Civil Veterinary Department. Central Provinces & Berar 1925-31 - 1925-1931
Year: 1925
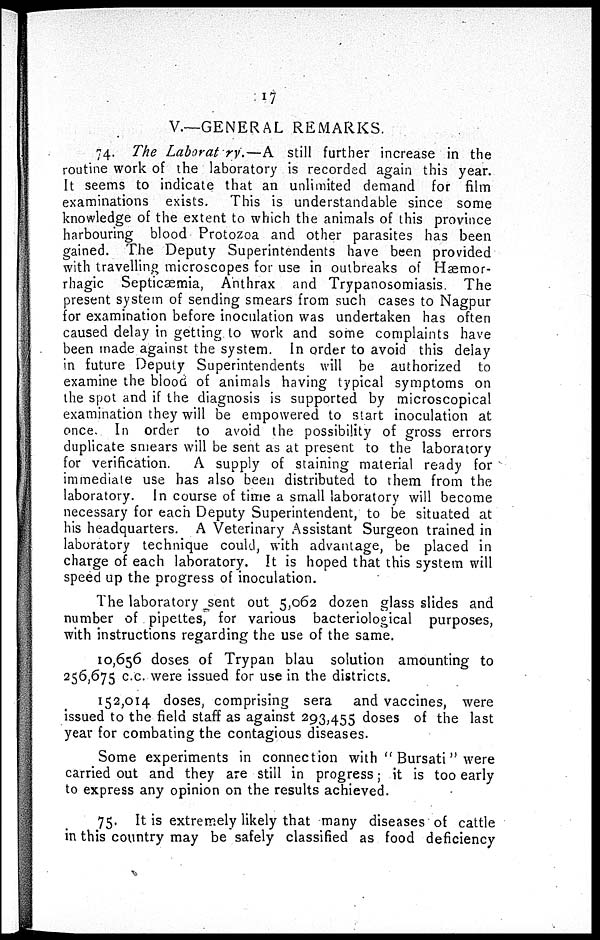
17
V.—GENERAL REMARKS.
74. The Laboratory.—A
still further increase in the
routine work of the laboratory is recorded again this year.
It seems to indicate that an unlimited demand for film
examinations exists.
This is understandable since some
knowledge of the extent to which the animals of this province
harbouring blood Protozoa and other parasites has been
gained. The Deputy Superintendents have been provided
with travelling microscopes for use in outbreaks of Hæmor-
rhagic Septicæmia, Anthrax and Trypanosomiasis. The
present system of sending smears from such cases to Nagpur
for examination before inoculation was undertaken has often
caused delay in getting to work and some complaints have
been made against the system. In order to avoid this delay
in future Deputy Superintendents will be authorized to
examine the blood of animals having typical symptoms on
the spot and if the diagnosis is supported by microscopical
examination they will be empowered to start inoculation at
once. In order to avoid the possibility of gross errors
duplicate smears will be sent as at present to the laboratory
for verification.
A supply of staining material ready for
immediate use has also been distributed to them from the
laboratory. In course of time a small laboratory will become
necessary for each Deputy Superintendent, to be situated at
his headquarters. A Veterinary Assistant Surgeon trained in
laboratory technique could, with advantage, be placed in
charge of each laboratory. It is hoped that this system will
speed up the progress of inoculation.
The laboratory sent out 5,062 dozen glass slides and
number of pipettes, for various bacteriological purposes,
with instructions regarding the use of the same.
10,656 doses of Trypan blau solution amounting to
256,675 c.c. were issued for use in the districts.
152,014 doses, comprising sera
and vaccines, were
issued to the field staff as against 293,455 doses of the last
year for combating the contagious diseases.
Some experiments in connection with " Bursati" were
carried out and they are still in progress; it is too early
to express any opinion on the results achieved.
75. It is extremely likely that many diseases of cattle
in this country may be safely classified as food deficiency